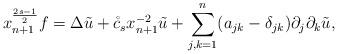
LaTeX: \begin{align*}x_{n+1}^{\frac{2s-1}{2}}f = \Delta\tilde{u} + \mathring{c}_{s} x_{n+1}^{-2}\tilde{u}+\sum_{j,k=1}^{n}(a_{jk}-\delta_{jk})\partial_{j}\partial_{k}\tilde{u},\end{align*}